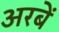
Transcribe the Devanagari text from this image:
अरबें